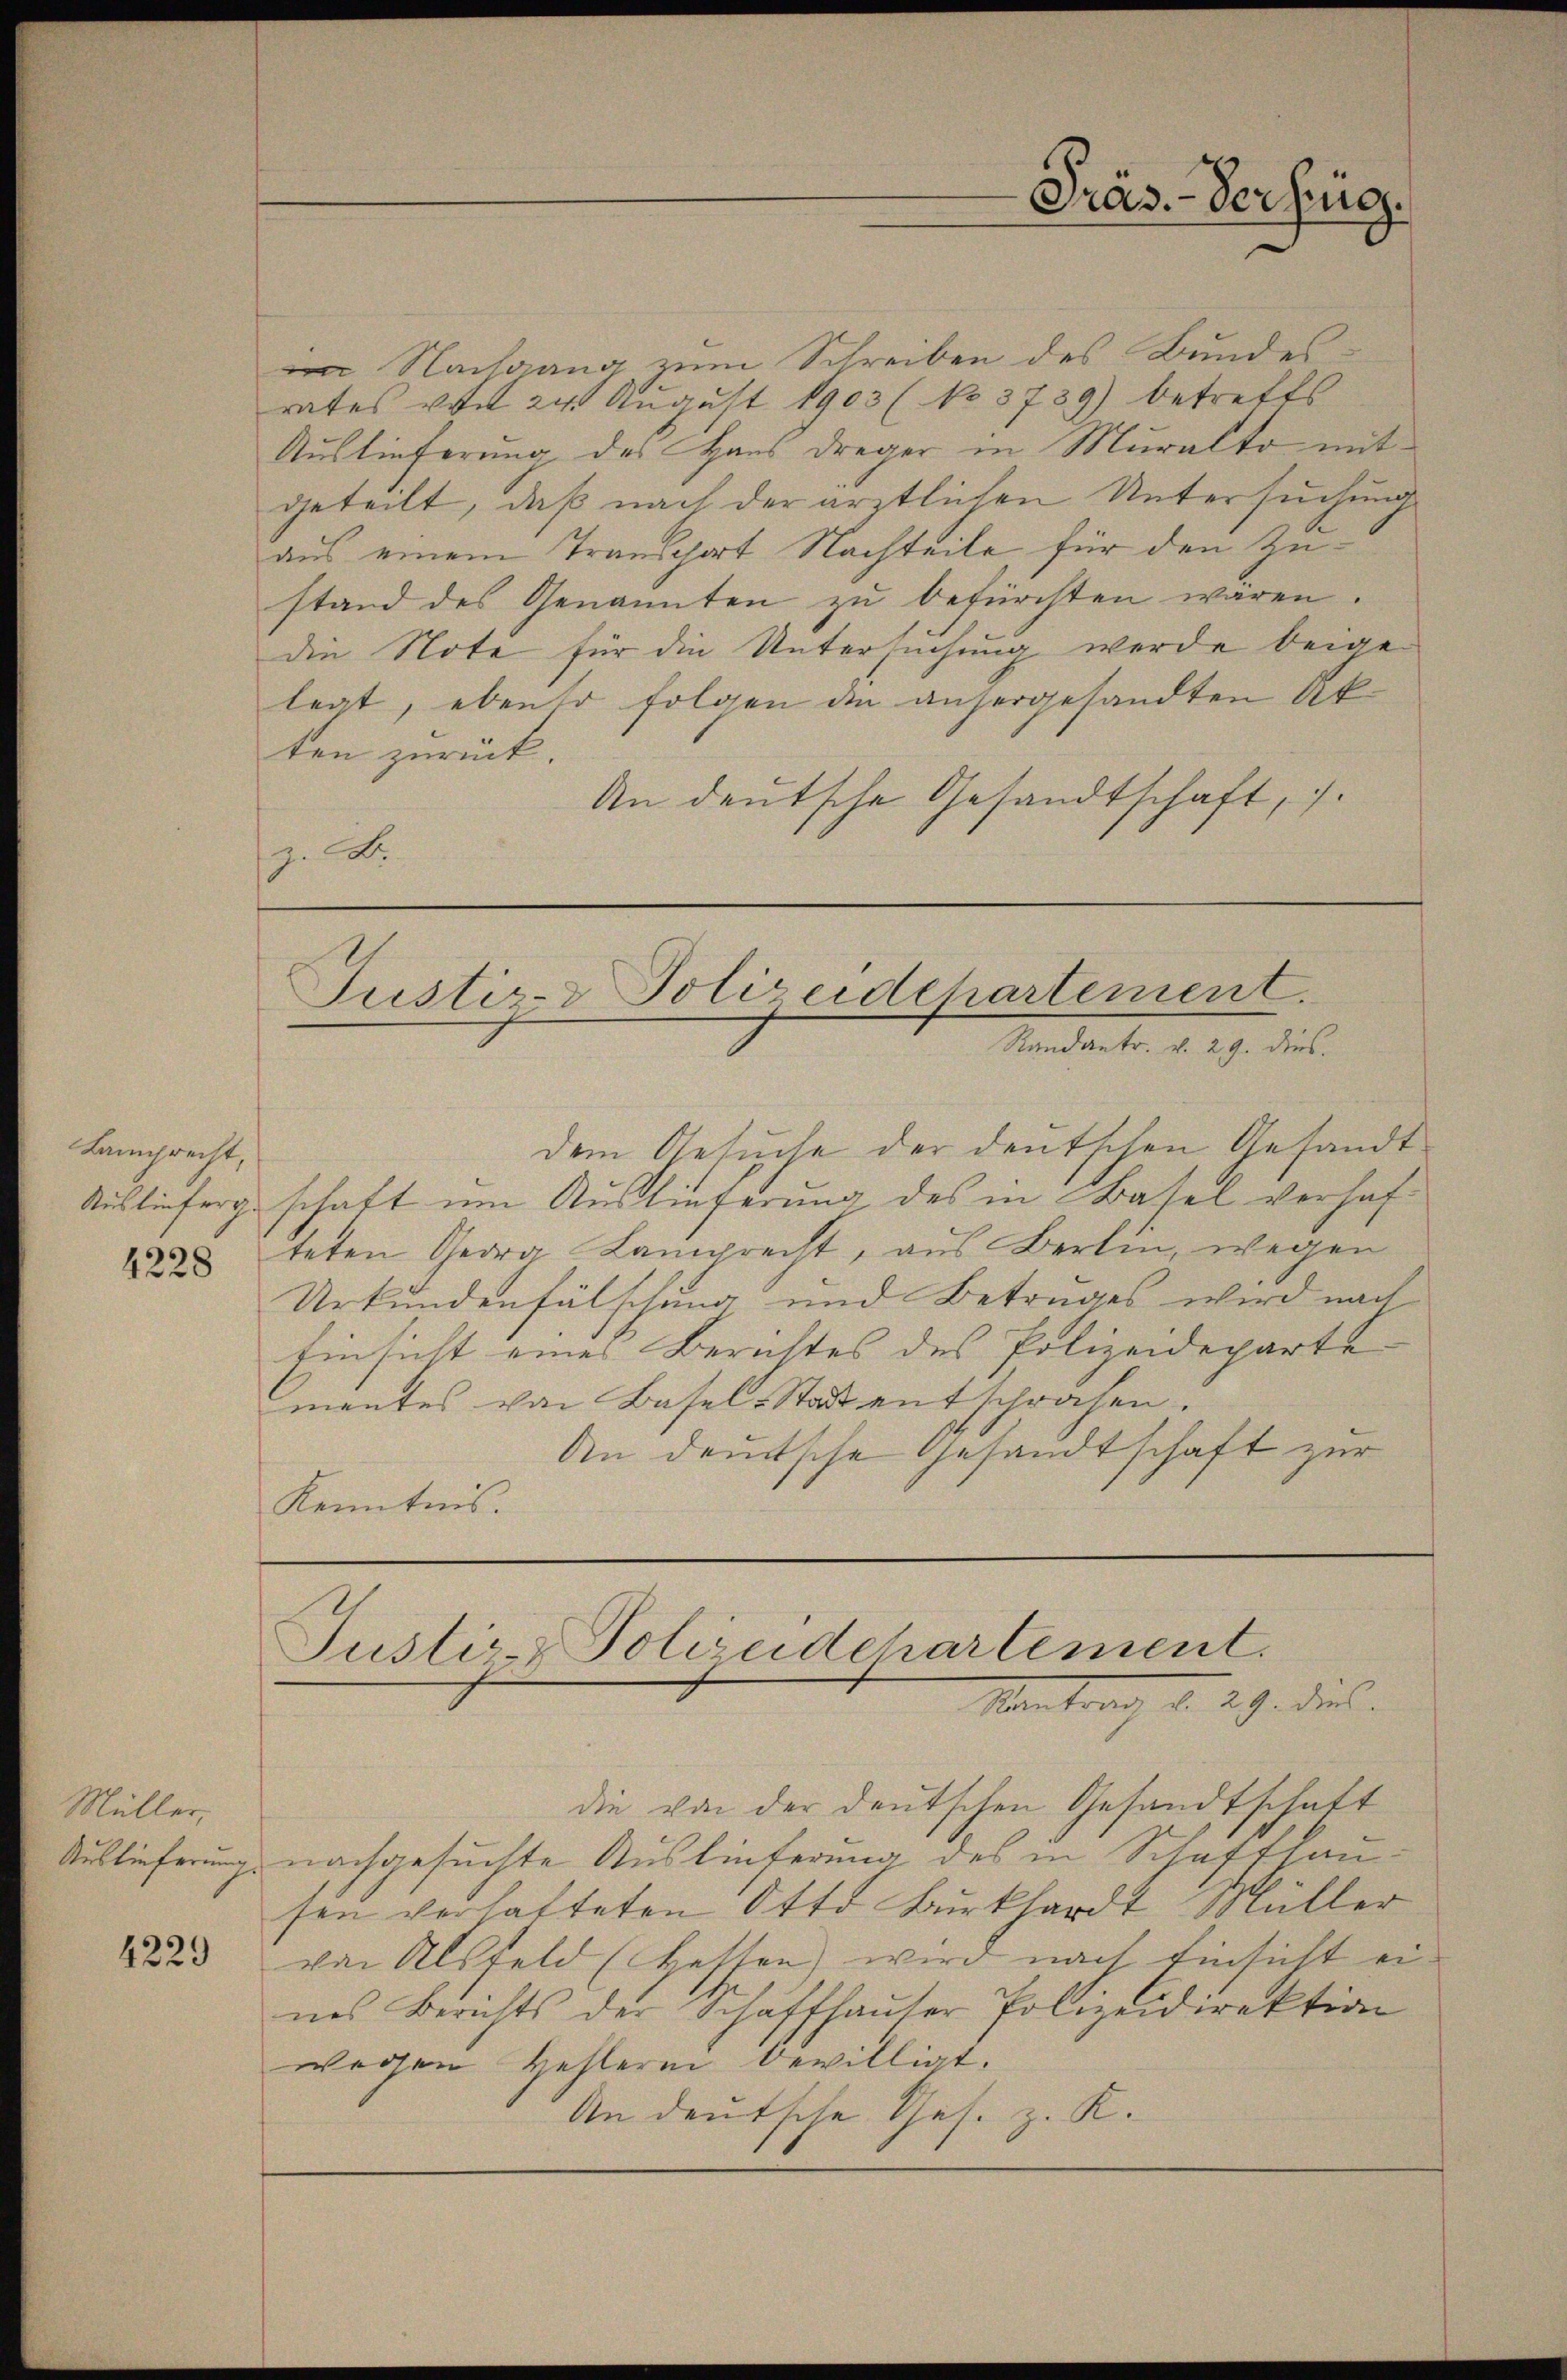
Lamprecht,

Müller,
Auslieferung.

4229

m Nachgang zum Schreiben des Bundesrates von 24 August 1903 (No. 3739) betreffs
Auslieferung des Haus dreger in Muralto mit
geteilt, daß nach der ärztlichen Untersuchung
aus einem Transchart Nachteile für den Zustand des Genannten zŭ befürchten wären.
die Note für die Untersuchung werde beigelegt, ebenso folgen die anhergesandten Akten zurück.
An deutsche Gesandtschaft,
z. B.

dem Gesuche der deutschen Gesandt
Ausliefergeschaft um Auslieferung des in Basel verhaf¬
2228 teten Georg Lamprecht, aus Berlin, wegen
Urkundenfälschung und Betruges wird nach
Einsicht eines Berichtes des Polizeideparte
mantes von Basel-Stadt entschrafen.
An deutsche Gesandtschaft zur
Kenntnis.

Präs.-Versing.

Justiz- & Polizeidchartement.
Randantr. v. 29. dies.

Justiz-Polizeidchartement.
Montrag d. 29. dies

die von der deutschen Gesandtschaft
nachgesuchte Auslieferung des Schaffhausen verhatteten Otto Burkhardt Müller
von Alsfeld (ketten wird nach Einsicht eines Berichts der Schaffhauser Polizeidirektion
wegen Hehlerin bewilligt.
An deutsche Ges. z. K.